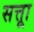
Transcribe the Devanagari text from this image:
सत्ताू